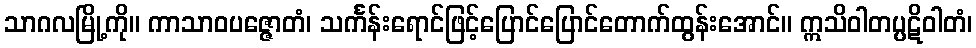
သာဂလမြို့ကို။ ကာသာဝပဇ္ဇောတံ၊ သင်္ကန်းရောင်ဖြင့်ပြောင်ပြောင်တောက်ထွန်းအောင်။ ဣသိဝါတပ္ပဋိဝါတံ၊